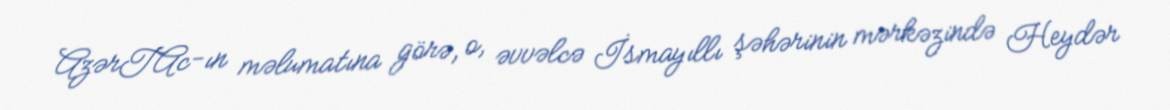
AzərTAc-ın məlumatına görə, o, əvvəlcə İsmayıllı şəhərinin mərkəzində Heydər